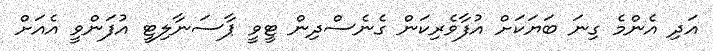
އަދި އެންމެ ގިނަ ބަޔަކަށް އުފާވެރިކަން ގެނެސްދިން ޓީވީ ޕާސަނާލިޓީ އުފަންވީ އެއަށް